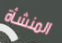
المنشأة